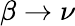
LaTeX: \beta\to\nu